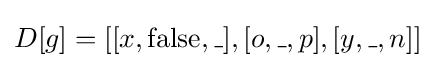
D[g]=[[x,\operatorname {false} ,\_],[o,\_,p],[y,\_,n]]